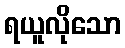
ရယူလိုသော